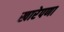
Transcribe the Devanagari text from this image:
खारेपणा